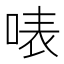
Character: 𠶓